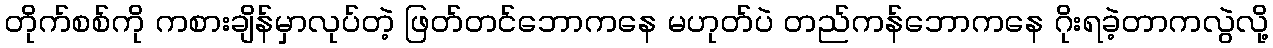
တိုက်စစ်ကို ကစားချိန်မှာလုပ်တဲ့ ဖြတ်တင်ဘောကနေ မဟုတ်ပဲ တည်ကန်ဘောကနေ ဂိုးရခဲ့တာကလွဲလို့